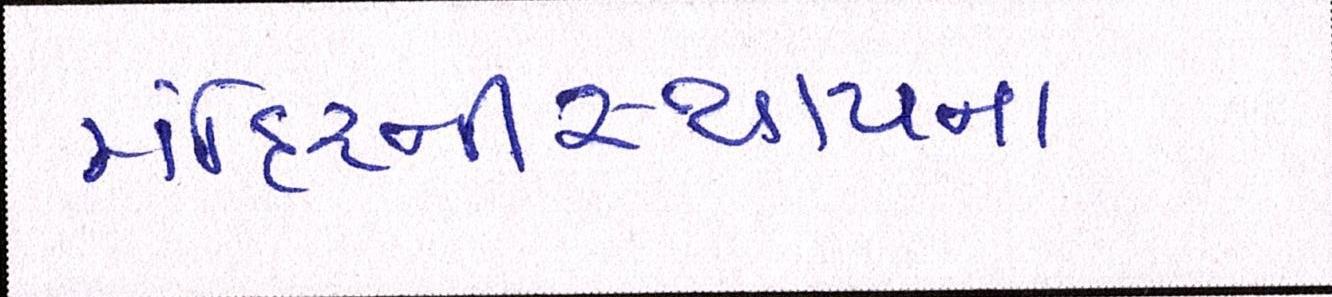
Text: મંદિરનીસ્થાપના